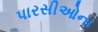
પારસીઓના